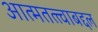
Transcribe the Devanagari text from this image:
आत्मतत्त्वाबद्दल